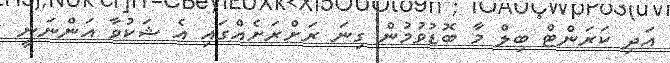
އަދި ކަރަންޓް ބިލް މާ ބޮޑުވުމުން ގިނަ ރަށްރަށެއްގައި އެ ޝަކުވާ އަންނަނީ